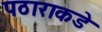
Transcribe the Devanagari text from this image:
पठाराकडे